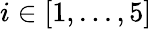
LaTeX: i\in[1,...,5]